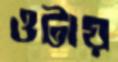
ওটায়